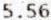
5.56